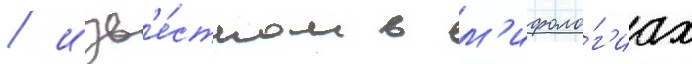
/ изв'е́стном в м'ифоло́г'иах